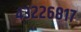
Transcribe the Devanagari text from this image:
४३२२६८१७